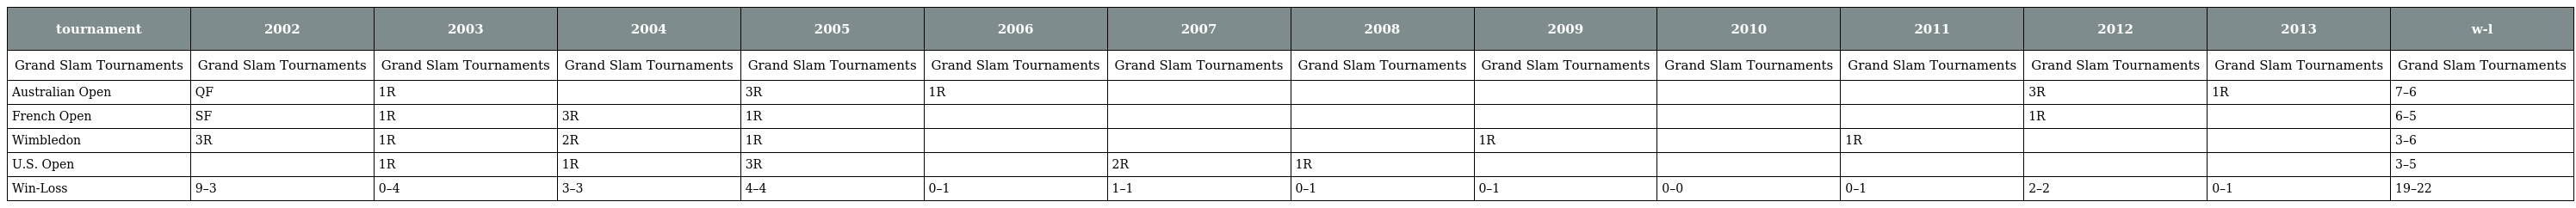
| tournament | 2002 | 2003 | 2004 | 2005 | 2006 | 2007 | 2008 | 2009 | 2010 | 2011 | 2012 | 2013 | w-l |
 | --- | --- | --- | --- | --- | --- | --- | --- | --- | --- | --- | --- | --- | --- |
 | Grand Slam Tournaments | Grand Slam Tournaments | Grand Slam Tournaments | Grand Slam Tournaments | Grand Slam Tournaments | Grand Slam Tournaments | Grand Slam Tournaments | Grand Slam Tournaments | Grand Slam Tournaments | Grand Slam Tournaments | Grand Slam Tournaments | Grand Slam Tournaments | Grand Slam Tournaments | Grand Slam Tournaments |
 | Australian Open | QF | 1R |  | 3R | 1R |  |  |  |  |  | 3R | 1R | 7–6 |
 | French Open | SF | 1R | 3R | 1R |  |  |  |  |  |  | 1R |  | 6–5 |
 | Wimbledon | 3R | 1R | 2R | 1R |  |  |  | 1R |  | 1R |  |  | 3–6 |
 | U.S. Open |  | 1R | 1R | 3R |  | 2R | 1R |  |  |  |  |  | 3–5 |
 | Win-Loss | 9–3 | 0–4 | 3–3 | 4–4 | 0–1 | 1–1 | 0–1 | 0–1 | 0–0 | 0–1 | 2–2 | 0–1 | 19–22 |